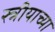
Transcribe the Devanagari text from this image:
स्त्रीयाच्या